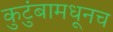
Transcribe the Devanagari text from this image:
कुटुंबामधूनच